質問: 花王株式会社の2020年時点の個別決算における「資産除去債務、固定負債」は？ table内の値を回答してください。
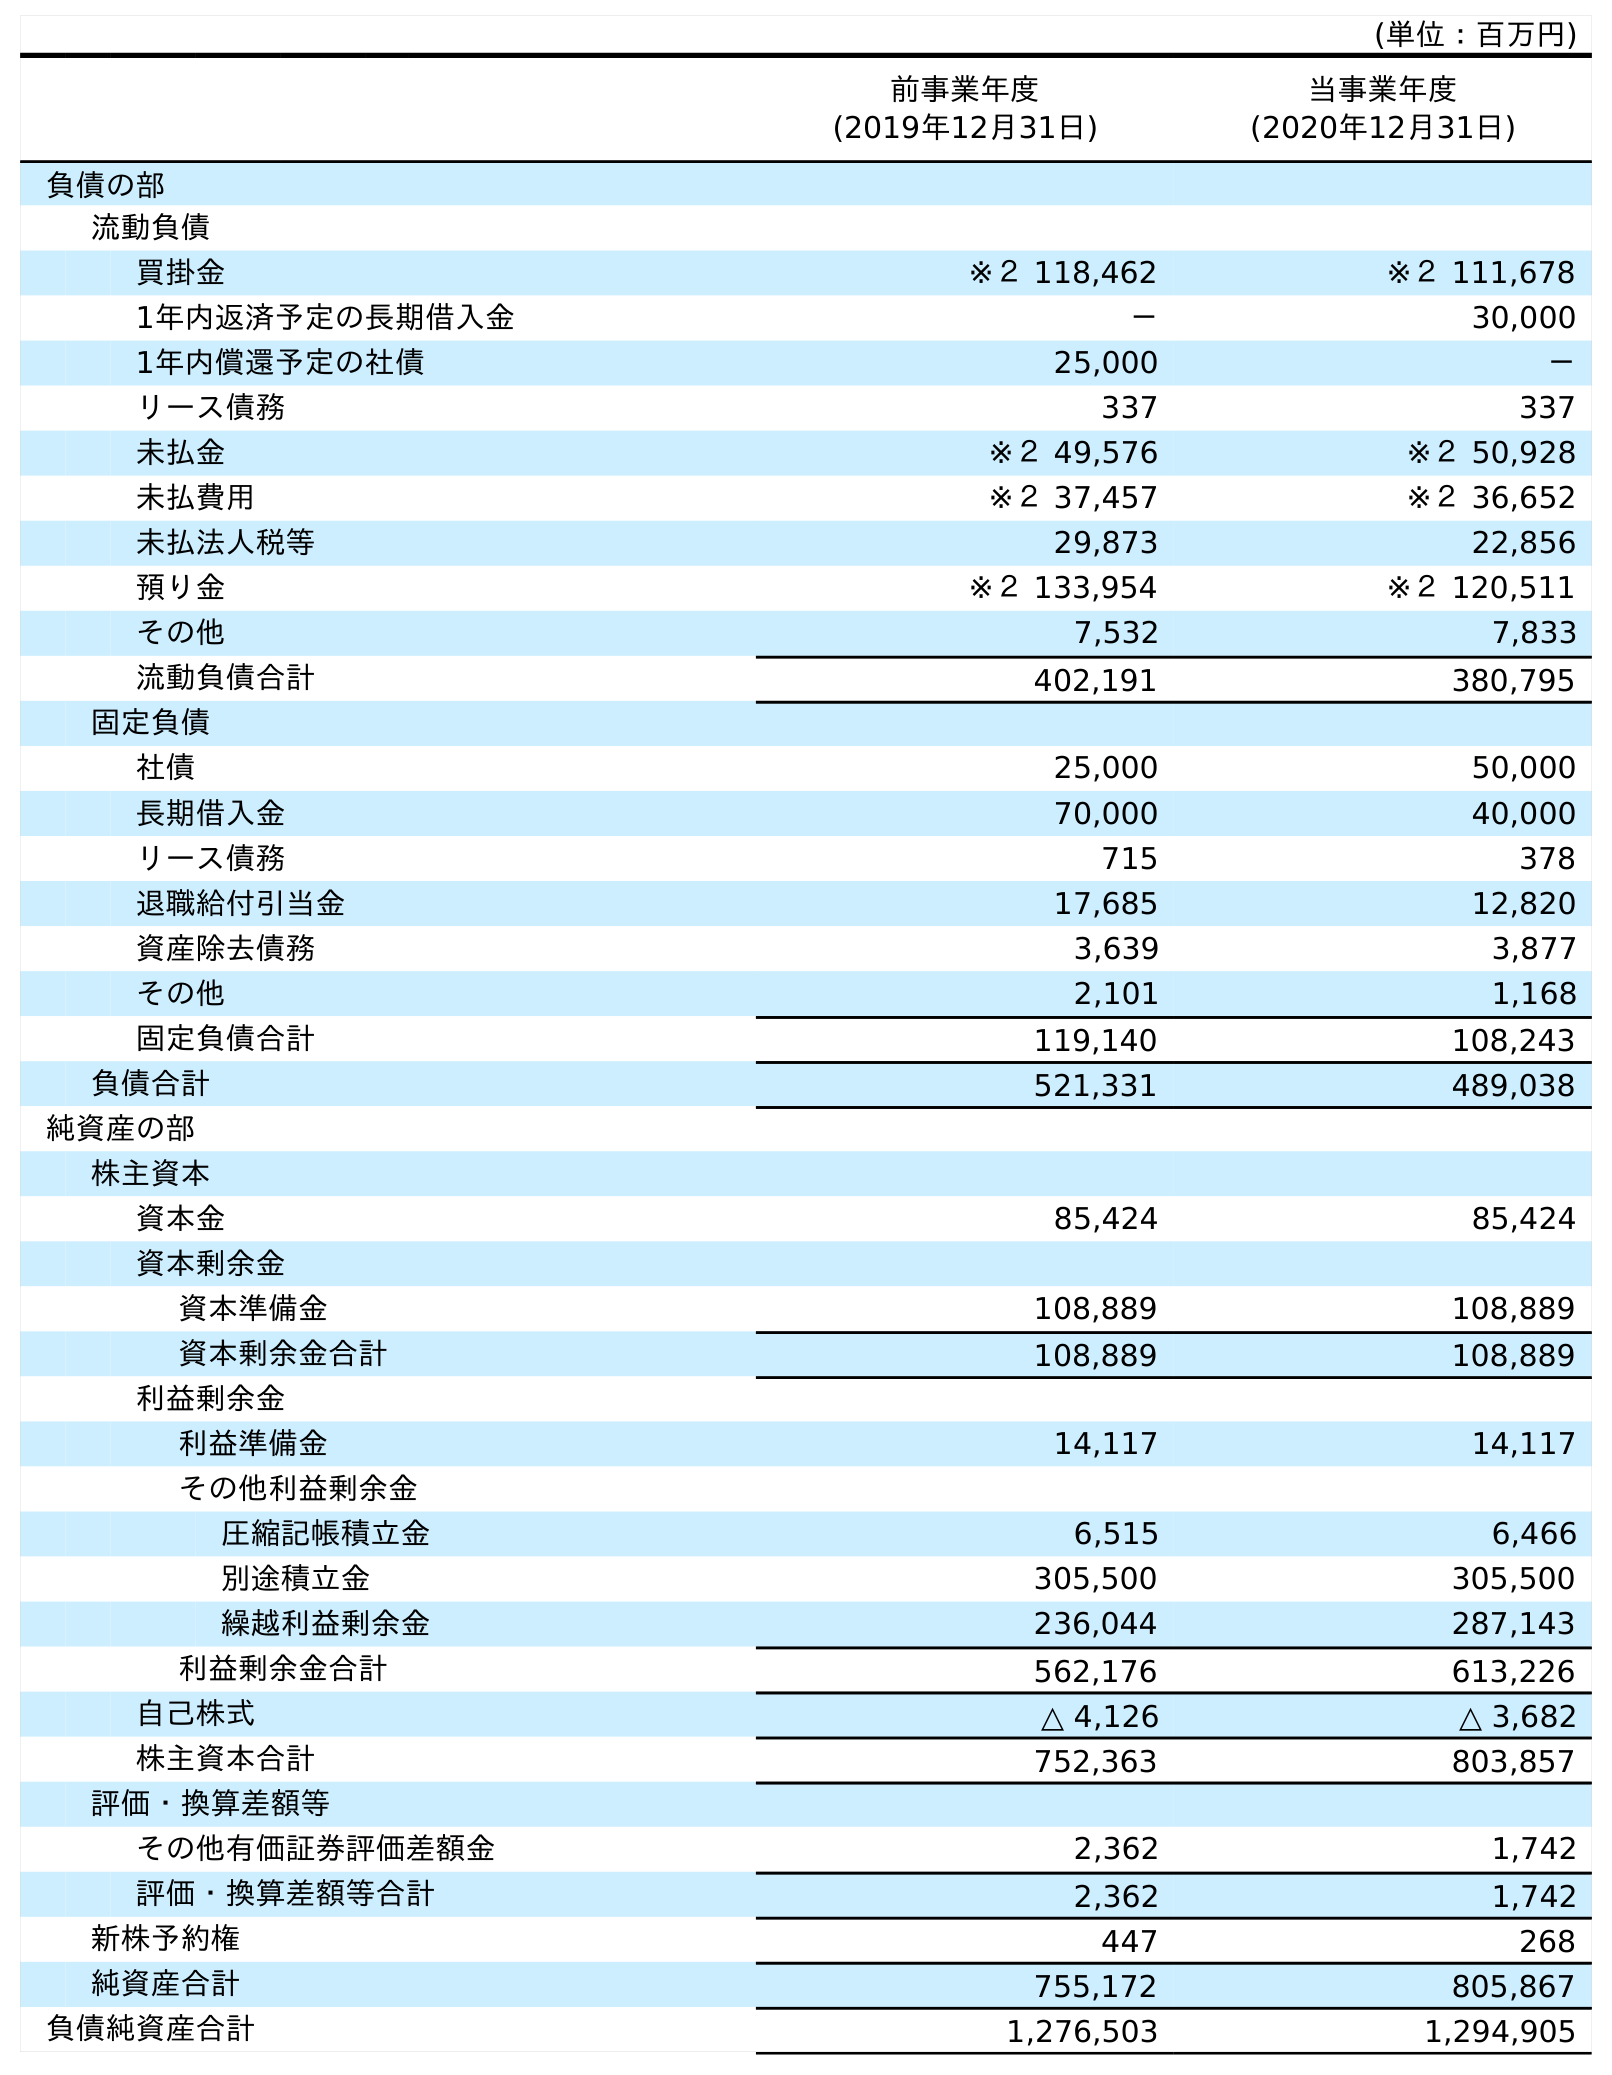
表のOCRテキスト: (単位：百万円) 前事業年度 (2019年12月31日) 当事業年度 (2020年12月31日) 負債の部 流動負債 買掛金 ※２ 118,462 ※２ 111,678 1年内返済予定の長期借入金 － 30,000 1年内償還予定の社債 25,000 － リース債務 337 337 未払金 ※２ 49,576 ※２ 50,928 未払費用 ※２ 37,457 ※２ 36,652 未払法人税等 29,873 22,856 預り金 ※２ 133,954 ※２ 120,511 その他 7,532 7,833 流動負債合計 402,191 380,795 固定負債 社債 25,000 50,000 長期借入金 70,000 40,000 リース債務 715 378 退職給付引当金 17,685 12,820 資産除去債務 3,639 3,877 その他 2,101 1,168 固定負債合計 119,140 108,243 負債合計 521,331 489,038 純資産の部 株主資本 資本金 85,424 85,424 資本剰余金 資本準備金 108,889 108,889 資本剰余金合計 108,889 108,889 利益剰余金 利益準備金 14,117 14,117 その他利益剰余金 圧縮記帳積立金 6,515 6,466 別途積立金 305,500 305,500 繰越利益剰余金 236,044 287,143 利益剰余金合計 562,176 613,226 自己株式 △ 4,126 △ 3,682 株主資本合計 752,363 803,857 評価・換算差額等 その他有価証券評価差額金 2,362 1,742 評価・換算差額等合計 2,362 1,742 新株予約権 447 268 純資産合計 755,172 805,867 負債純資産合計 1,276,503 1,294,905
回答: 3,877